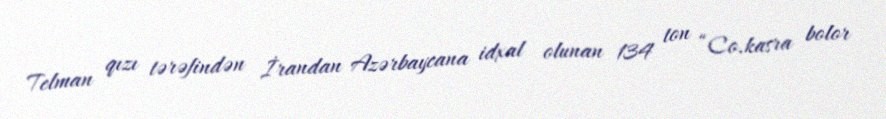
Telman qızı tərəfindən İrandan Azərbaycana idxal olunan 134 ton “Co.kasra bolor